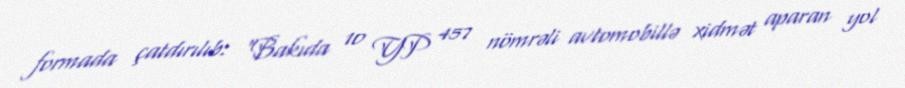
formada çatdırılıb: “Bakıda 10 YP 457 nömrəli avtomobillə xidmət aparan yol